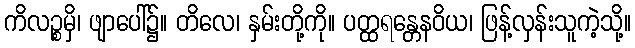
ကိလဉ္စမှိ၊ ဖျာပေါ်၌။ တိလေ၊ နှမ်းတို့ကို။ ပတ္ထရန္တေနဝိယ၊ ဖြန့်လှန်းသူကဲ့သို့။